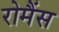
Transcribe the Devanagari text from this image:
रोमैंस